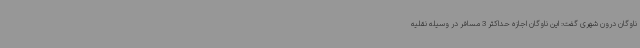
ناوگان درون شهری گفت: این ناوگان اجازه حداکثر 3 مسافر در وسیله نقلیه